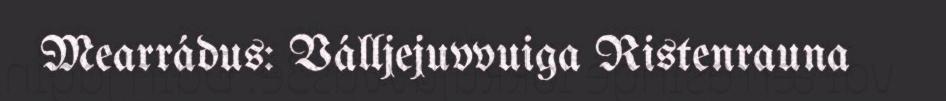
Mearrádus: Válljejuvvuiga Ristenrauna